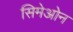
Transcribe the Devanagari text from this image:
सिमेओन